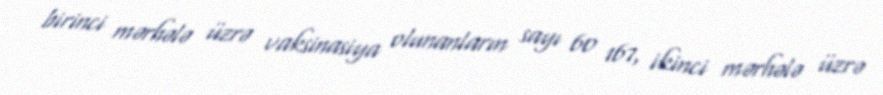
birinci mərhələ üzrə vaksinasiya olunanların sayı 60 167, ikinci mərhələ üzrə